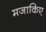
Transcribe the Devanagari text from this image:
मजाकिए